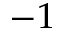
- 1